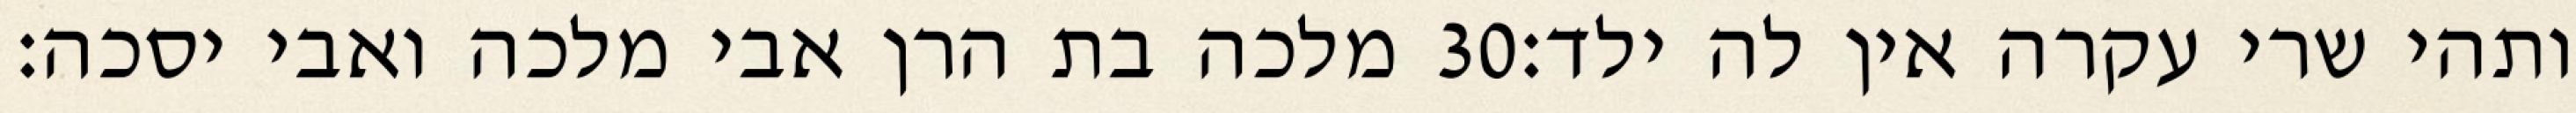
מלכה בת הרן אבי מלכה ואבי יסכה׃ ‎30‏ ותהי שרי עקרה אין לה ילד׃